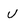
Character: U